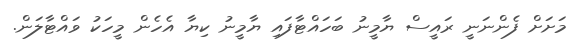
މަށަށް ފެންނަނީ ރައީސް ޔާމީނު ބަހައްޓާފައި ޔާމީނު ކިޔާ އެހެން މީހަކު ވައްޓާލަން.